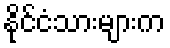
နိုင်ငံသားများက